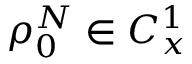
\rho _ { 0 } ^ { N } \in C _ { x } ^ { 1 }